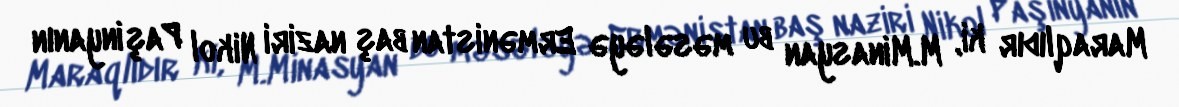
Maraqlıdır ki, M.Minasyan bu məsələyə Ermənistan baş naziri Nikol Paşinyanın